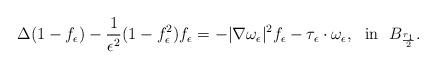
LaTeX: \begin{align*}\Delta (1-f_\epsilon)-\frac{1}{\epsilon^2}(1-f_\epsilon^2)f_\epsilon=-|\nabla\omega_\epsilon|^2 f_\epsilon-\tau_\epsilon\cdot\omega_\epsilon, \ \ {\rm{in}}\ \ B_{\frac{r_1}2}.\end{align*}